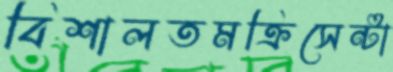
বিশালতমক্রিসেন্টা